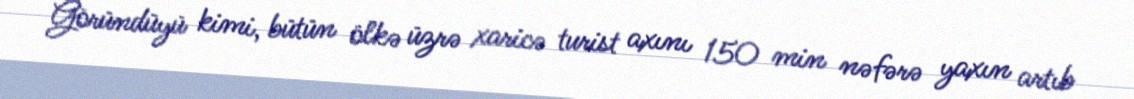
Göründüyü kimi, bütün ölkə üzrə xaricə turist axını 150 min nəfərə yaxın artıb